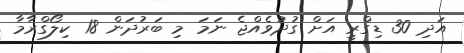
އަދި 30 ޑިގްރީ އަށް ގުދުވެއްޖެ ނަމަ މި ބަރުދަން 18 ކިލޯގްރާމާ